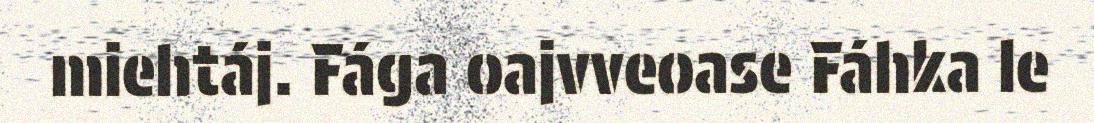
miehtáj. Fága oajvveoase Fáhka le